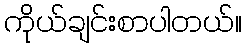
ကိုယ်ချင်းစာပါတယ်။